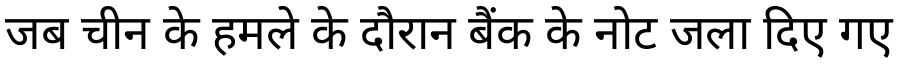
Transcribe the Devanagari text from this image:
जब चीन के हमले के दौरान बैंक के नोट जला दिए गए